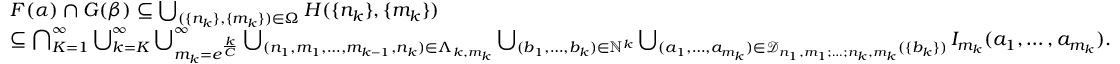
\begin{array} { r l } & { F ( \alpha ) \cap G ( \beta ) \subseteq \bigcup _ { ( \{ n _ { k } \} , \{ m _ { k } \} ) \in \Omega } H ( \{ n _ { k } \} , \{ m _ { k } \} ) } \\ & { \subseteq \bigcap _ { K = 1 } ^ { \infty } \bigcup _ { k = K } ^ { \infty } \bigcup _ { m _ { k } = e ^ { \frac { k } { C } } } ^ { \infty } \bigcup _ { ( n _ { 1 } , m _ { 1 } , \ldots , m _ { k - 1 } , n _ { k } ) \in \Lambda _ { k , m _ { k } } } \bigcup _ { ( b _ { 1 } , \ldots , b _ { k } ) \in \mathbb { N } ^ { k } } \bigcup _ { ( a _ { 1 } , \ldots , a _ { m _ { k } } ) \in \mathcal { D } _ { n _ { 1 } , m _ { 1 } ; \ldots ; n _ { k } , m _ { k } } ( \{ b _ { k } \} ) } I _ { m _ { k } } ( a _ { 1 } , \ldots , a _ { m _ { k } } ) . } \end{array}